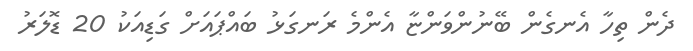
ދެން ތިހާ އެނގެން ބޭނުންވަންޏާ އެންމެ ރަނގަޅު ބައްޕައަށް ގަޑިއަކު 20 ޑޮލަރު